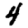
Digit: 4